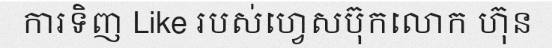
ការទិញ Like របស់ហ្វេសប៊ុកលោក ហ៊ុន